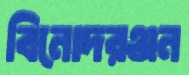
বিনোদরঞ্জন